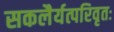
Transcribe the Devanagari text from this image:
सकलैर्यत्परिवृतः